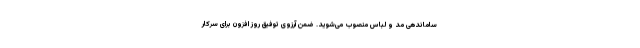
ساماندهی مد و لباس منصوب می‌شوید. ضمن آرزوی توفیق روز افزون برای سرکار